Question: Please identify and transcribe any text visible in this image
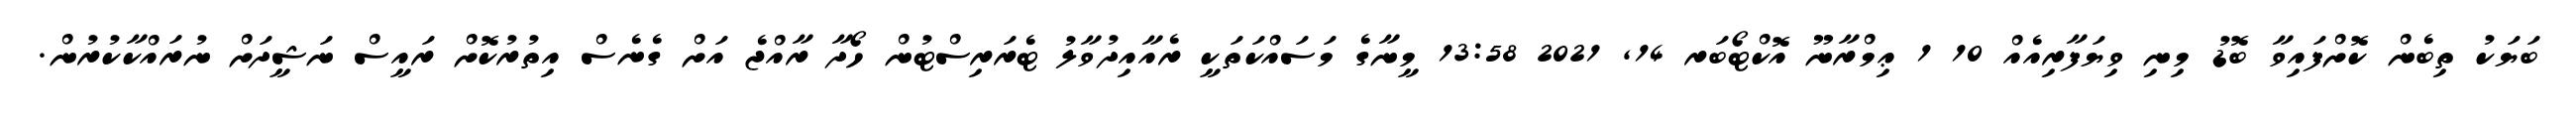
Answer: ބަޔަކު ތިބެން ކޮށްފައިވާ ބޮޑު މިނި ވިޔަފާރިއެއް 10 1 ޢިމްރާނޫ އޮކްޓޯބަރ 14, 2021 13:58 މީނާގެ މަސައްކަތަކީ ރެއާއިދުވާލު ޓެރަރިސްޓުން ހޯދާ ރާއްޖެ އަށް ގެނެސް އިތުރުކޮށް ރައީސް ނަޝީދަށް ނުރައްކާކުރުން.